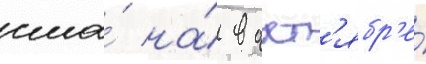
сша́ на́ в окт'ябр'е́